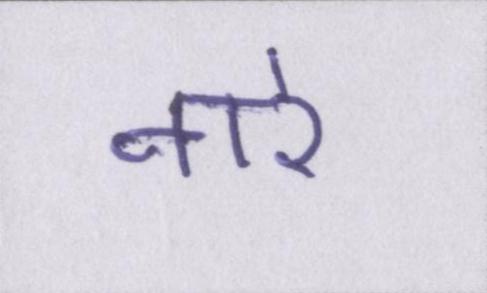
नारे